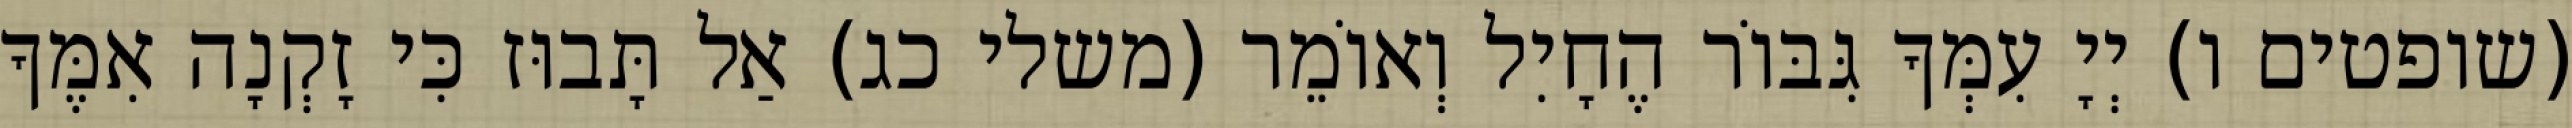
(שופטים ו) יְיָ עִמְּךָ גִּבּוֹר הֶחָיִל וְאוֹמֵר (משלי כג) אַל תָּבוּז כִּי זָקְנָה אִמֶּךָ